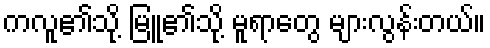
ကလူ၏သို့ မြူ၏သို့ မူရာတွေ များလွန်းတယ်။